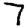
Digit: 7